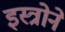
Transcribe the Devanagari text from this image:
इस्त्रोने